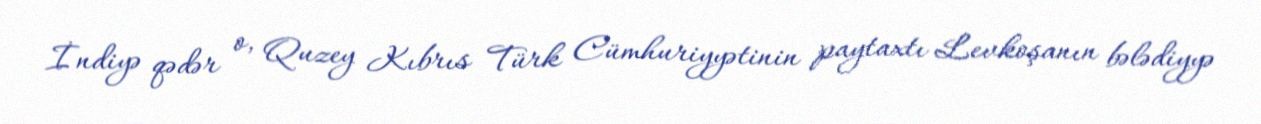
İndiyə qədər o, Quzey Kıbrıs Türk Cümhuriyyətinin paytaxtı Levkoşanın bələdiyyə